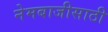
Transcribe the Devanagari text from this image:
नेमबाजीसाठी